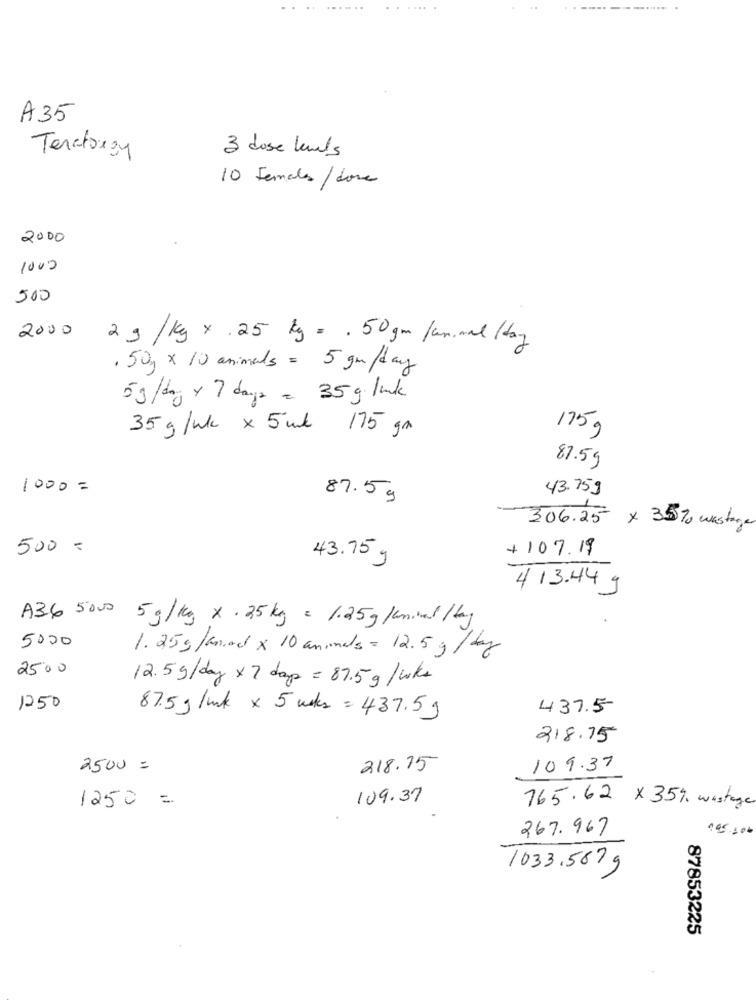
A35
3 dose levels
Tenaturgy
10 Females / dosa
2000
1000
500
2000
2g/kg x .25 kg = . 50gm /animal /day
, 50g x 10 animals = 5 gm/day
5 g/day x 7 days = 35 g link
35 g/wlc x 5 ml 175 gm
175g
87.59
1000 =
43.759
87.5 g
306.25 x 35% wastage
500 -
+107.19
43.75 g
4 13.44 g
A36 5000 5g/kg x . 25 kg = 1.25g luminal / day
5000
1.25g/mnad x 10 animals = 12.5 g /
2500
12.5g/day x 7 days = 87.5g/wks
1250
437.5
87.5 g /mk x 5 voks = 437.59
218.15
2500 =
218.15
109.37
1250 =
109.37
765.62 × 35% wastage
267.967
.45.200
1033.567 9
87853225